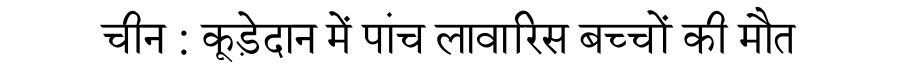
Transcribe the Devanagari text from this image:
चीन : कूड़ेदान में पांच लावारिस बच्चों की मौत